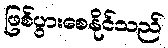
ဖြစ်ပွားစေနိုင်သည်